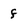
Character: f